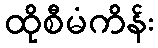
ထိုစီမံကိန်း